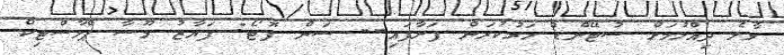
މާލެ ދިއްލުމަށް ސުޓޭންޑް ހަރުކުރަން ފަށާަފައި-- ސަން ފޮޓޯ: ފަޔާޒު މޫސާ ޕްލާސްޓިކް